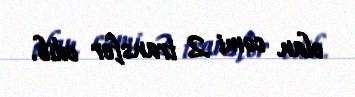
olan cəmi 2 transfer edib.